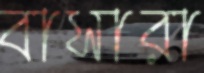
বাসারা